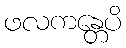
ဖလကန္တေပိ